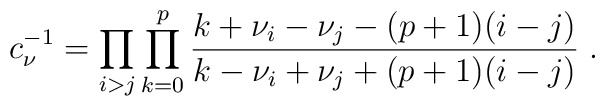
c_\nu^{-1}=\prod_{i>j}\prod_{k=0}^p\frac{k+\nu_i-\nu_j-(p+1)(i-j)}{k-\nu_i+\nu_j+(p+1)(i-j)}\; .